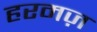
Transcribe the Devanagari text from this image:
हरमज़